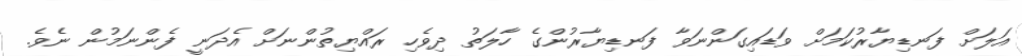
އަލަށް ފަނޑިޔާރުކަމަށް ވަޑައިގަންނަވާ ފަނޑިޔާރުންގެ ހާލަތު ދިވެހި ރައްޔިތުންނަށް އެދަނީ ފެންނަމުން ނެވެ.